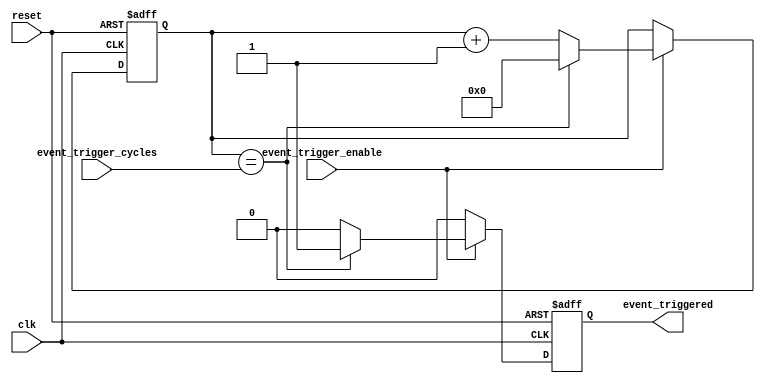
module EventTimer (
    input wire clk,
    input wire reset,
    input wire event_trigger_enable,
    input wire [31:0] event_trigger_cycles,
    output reg event_triggered
);

reg [31:0] count;

always @(posedge clk or posedge reset) begin
    if (reset) begin
        count <= 0;
        event_triggered <= 0;
    end else begin
        if (event_trigger_enable) begin
            if (count == event_trigger_cycles) begin
                event_triggered <= 1;
                count <= 0;
            end else begin
                count <= count + 1;
                event_triggered <= 0;
            end
        end else begin
            event_triggered <= 0;
        end
    end
end

endmodule